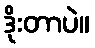
ဒိုးတာပဲ။